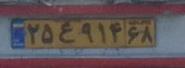
۲۵ع۹۱۴۶۸